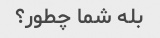
بله شما چطور؟